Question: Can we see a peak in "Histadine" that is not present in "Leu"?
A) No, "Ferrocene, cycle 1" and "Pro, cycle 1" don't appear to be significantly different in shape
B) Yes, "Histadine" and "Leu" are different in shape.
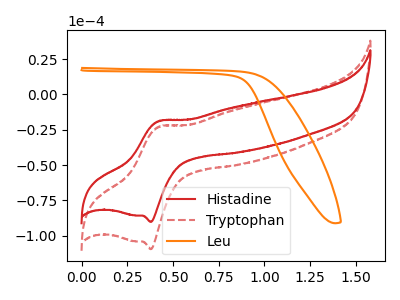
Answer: <think>The red curve "Histadine" has an anodic peak at (0.40V, -18.80uA) and a cathodic peak at (0.40V, -90.20uA). The red dashed curve "Tryptophan" has an anodic peak at (0.40V, -22.85uA) and a cathodic peak at (0.40V, -109.50uA). The orange curve "Leu" has no peaks.
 "Histadine" and "Leu" have a different number of peaks.</think>
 <answer>B) Yes, "Histadine" and "Leu" are different in shape.</answer>
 <eval>B</eval>